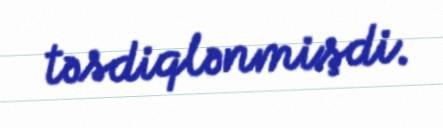
təsdiqlənmişdi.